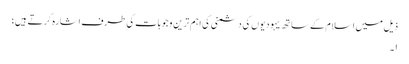
ذیل میں اسلام کے ساتھ یہودیوں کی دشمنی کی اہم ترین وجوہات کی طرف اشارہ کرتے ہیں؛
۱۔